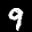
Label: 9